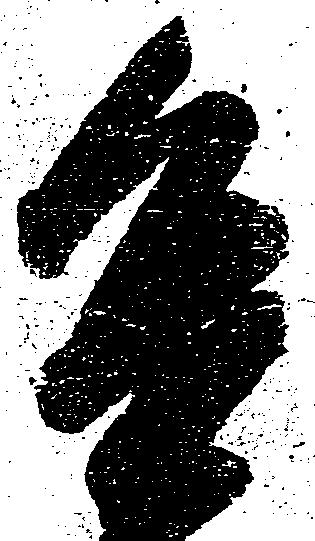
進